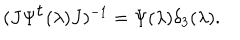
LaTeX: ( J \Psi ^ { \mathrm { t } } ( \lambda ) J ) ^ { - 1 } = \Psi ( \lambda ) \delta _ { 3 } ( \lambda ) .